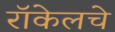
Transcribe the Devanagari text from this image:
रॉकेलचे